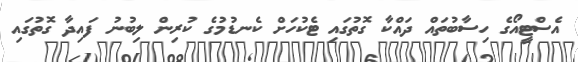
އެސްޓީއޯގެ ހިސާބުތައް ދައްކާ ގޮތުގައި ޓެކުހަށް ކެނޑުމުގެ ކުރިން ލިބުނު ފައިދާ ގޮތުގައި